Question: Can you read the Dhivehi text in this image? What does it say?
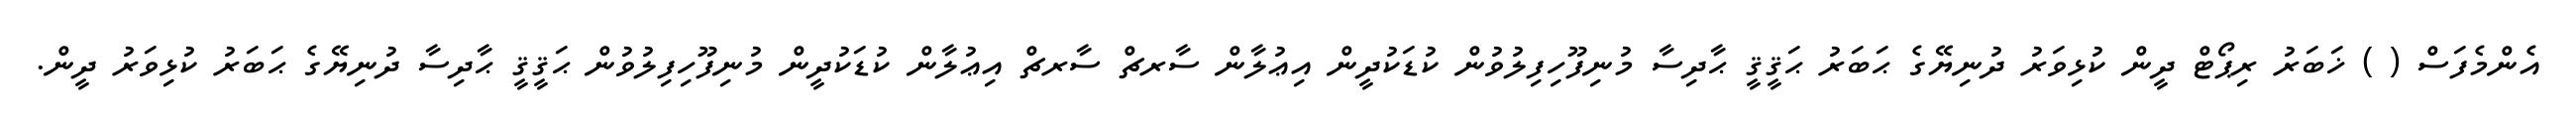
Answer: އެންމެފަސް ( ) ޚަބަރު ރިޕޯޓް ދީން ކުޅިވަރު ދުނިޔޭގެ ޙަބަރު ޙަޤީޤީ ޙާދިސާ މުނިފޫހިފިލުވުން ކުޑަކުދީން އިޢުލާން ސާރޗް ސާރޗް އިޢުލާން ކުޑަކުދީން މުނިފޫހިފިލުވުން ޙަޤީޤީ ޙާދިސާ ދުނިޔޭގެ ޙަބަރު ކުޅިވަރު ދީން.